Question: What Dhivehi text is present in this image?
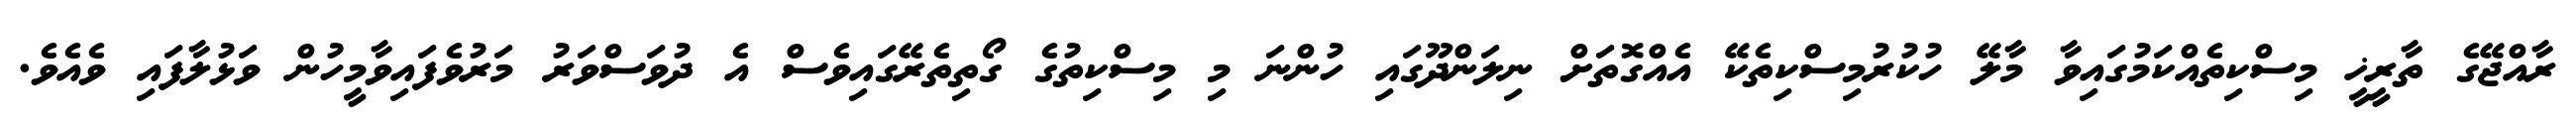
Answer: ރާއްޖޭގެ ތާރީޚީ މިސްކިތެއްކަމުގައިވާ މާލޭ ހުކުރުމިސްކިތެކޭ އެއްގޮތަށް ނިލަންދޫގައި ހުންނަ މި މިސްކިތުގެ ގޯތިތެރޭގައިވެސް އެ ދުވަސްވަރު މަރުވެފައިވާމީހުން ވަޅުލާފައި ވެއެވެ.